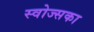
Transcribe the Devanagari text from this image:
स्वोज्सका